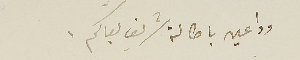
وداعين باطالة شريف بقاكم.